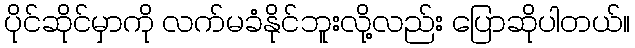
ပိုင်ဆိုင်မှာကို လက်မခံနိုင်ဘူးလို့လည်း ပြောဆိုပါတယ်။